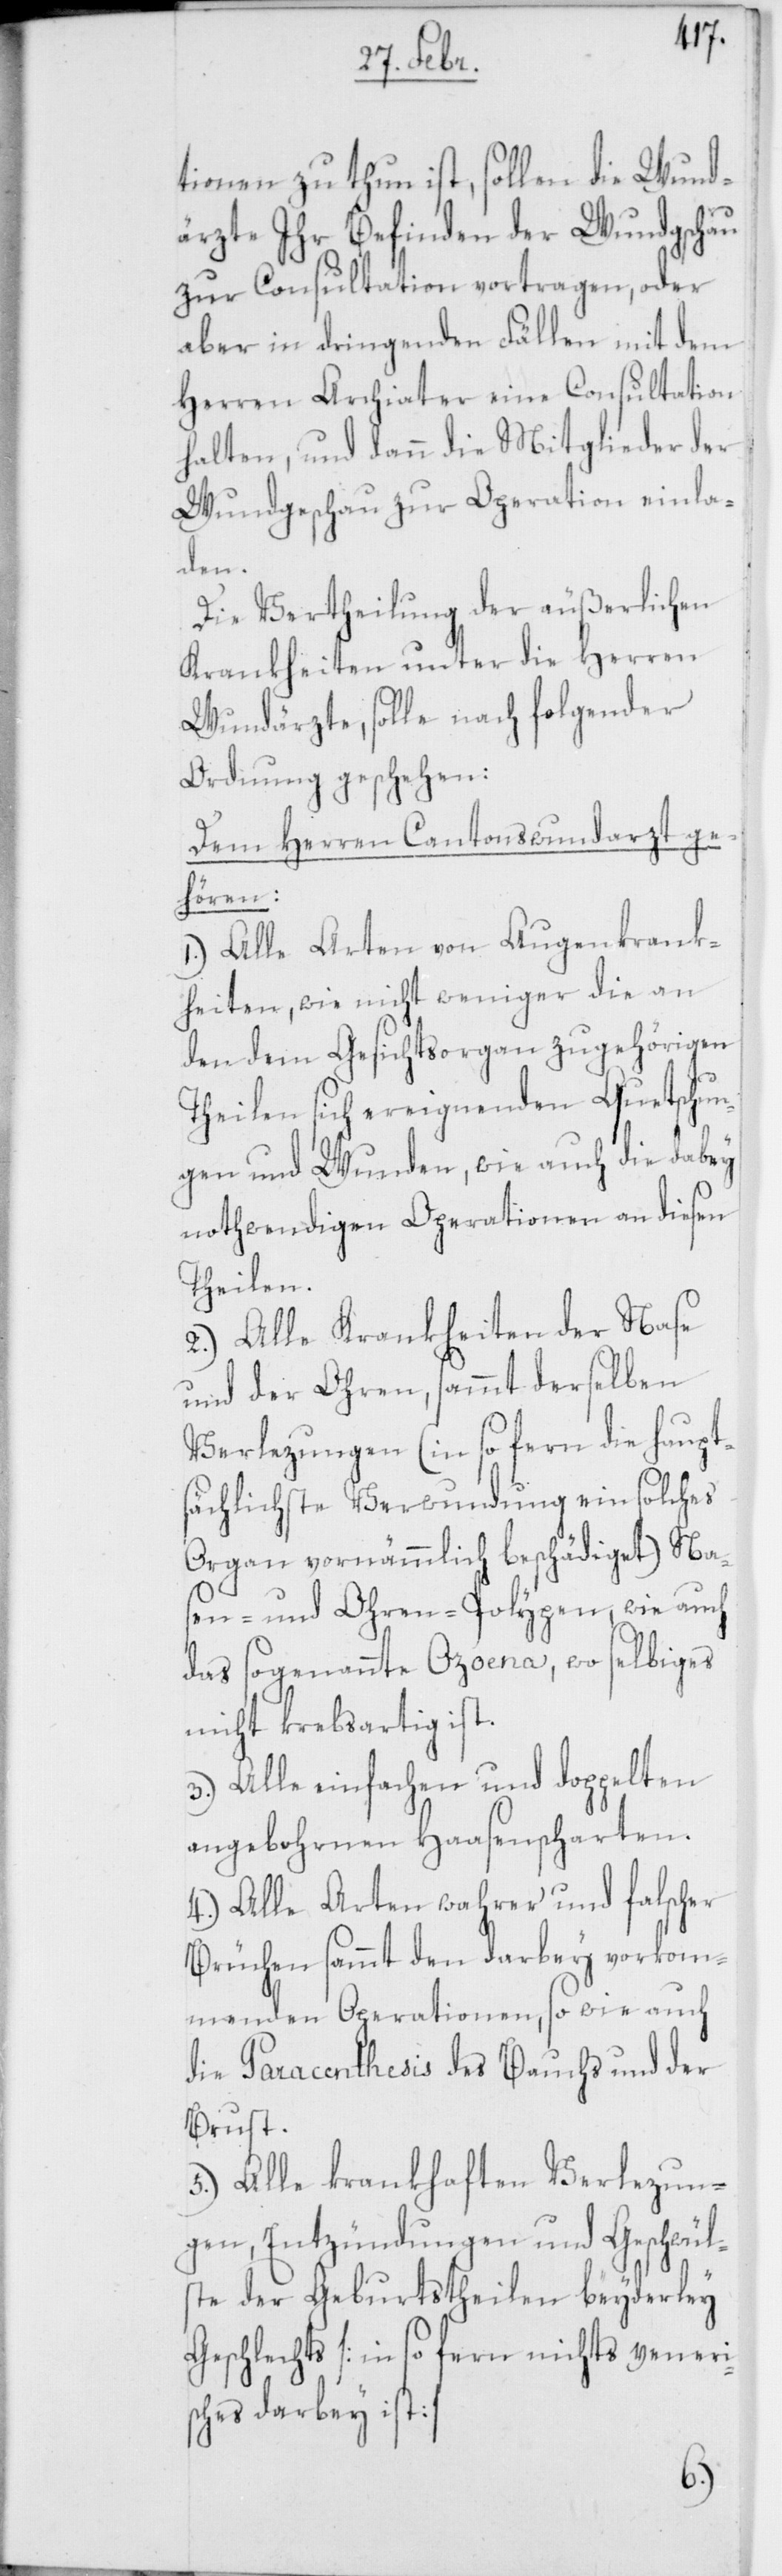
tionen zu thun ist, sollen die Wund¬
ärzte Ihr Befinden der Wundgschau
zur Consultation vortragen, oder
aber in dringenden Fällen mit dem
Herren Archiater eine Consultation
halten, und dann die Mitglieder der
Wundgschau zur Operation einla¬
den.
Die Vertheilung der äußerlichen
Krankheiten unter die Herren
Wundärzte, solle nach folgender
Ordnung geschehen:
Dem Herren Cantonswundarzt ge¬
hören:
1.) Alle Arten von Augenkrank¬
heiten, wie nicht weniger die an
den dem Gesichtsorgan zugehörigen
Theilen sich ereignenden Quetschun¬
gen und Wunden, wie auch die dabey
nothwendigen Operationen an diesen
Theilen.
2.) Alle Krankheiten der Nase
und der Ohren, sammt derselben
Verlezungen (in so fern die haupt¬
sächlichste Verwundung ein solches
Organ vornämmlich beschädiget) Na¬
sen- und Ohren-Polypen, wie auch
das sogenannte Ozoena, wo selbiges
nicht krebsartig ist.
3.) Alle einfachen und doppelten
angebohrnen Hasenscharten.
4.) Alle Arten wahrer und falscher
Brüchen sammt den darbey vorkom¬
menden Operationen, so wie auch
die Paracenthesis des Bauchs und der
Brust.
5.) Alle krankhaften Verlezun¬
gen, Entzündungen und Geschwüls¬
te der Geburtstheilen beyderley
Geschlechts [in so fern nichts veneri¬
sches darbey ist].